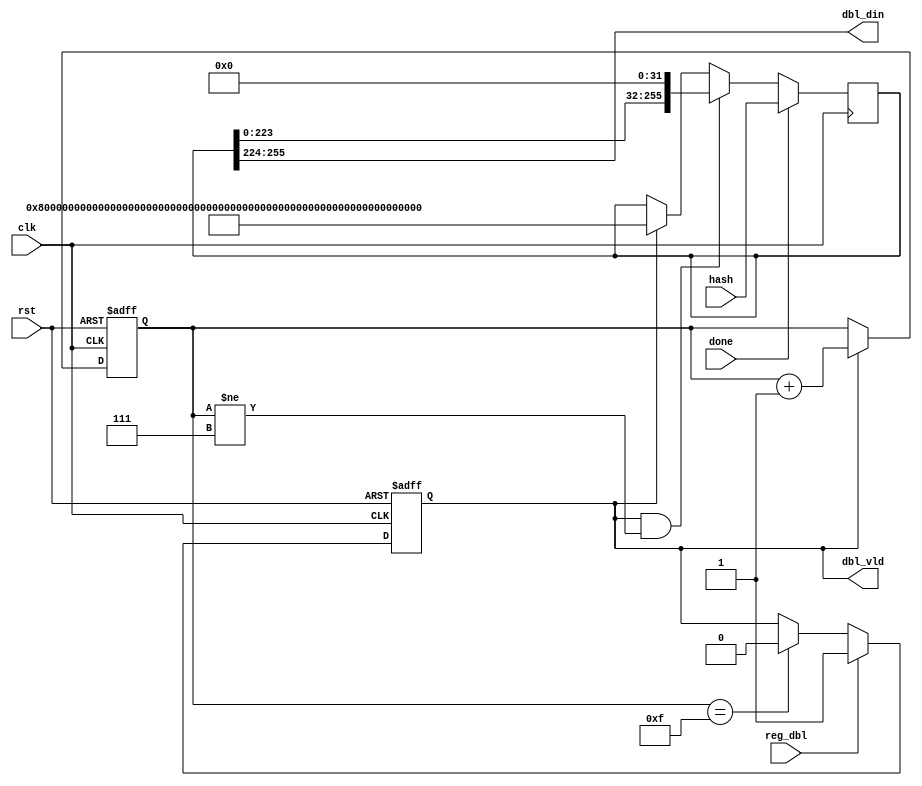
// This program was cloned from: https://github.com/Canaan-Creative/MM
// License: The Unlicense

module dbl_sha(
input         clk       ,
input         rst       ,

input         reg_dbl   ,
input         done      ,
input [255:0] hash      ,

output        dbl_vld   ,
output[31:0]  dbl_din    
);

/*
         _________________________
start __|                         |___
      ____ _                    __ ___
cnt   _0__|_1-------------------31|_0_

*/

reg start ;
reg [3:0] cnt ;//0~31
reg [255:0] hash_r ;

always @ ( posedge clk or posedge rst ) begin
	if( rst )
		start <= 1'b0 ;
	else if( reg_dbl )
		start <= 1'b1 ;
	else if( cnt == 15 )
		start <= 1'b0 ;
end

always @ ( posedge clk or posedge rst ) begin
	if( rst )
		cnt <= 'b0 ;
	else if( start )
		cnt <= cnt + 'b1 ;
end

always @ ( posedge clk ) begin
	if( done )
		hash_r <= hash ;
	else if( start && cnt != 7 )
		hash_r <= hash_r << 32 ;
	else if( start )//cnt == 15
		hash_r <= 256'h80000000_00000000_00000000_00000000_00000000_00000000_00000000_00000100 ;
end

assign dbl_vld = start ;
assign dbl_din = hash_r[255:255-31] ;

endmodule